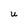
Character: U